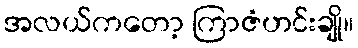
အလယ်ကတော့ ကြာဇံဟင်းချို။